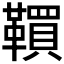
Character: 𩍃